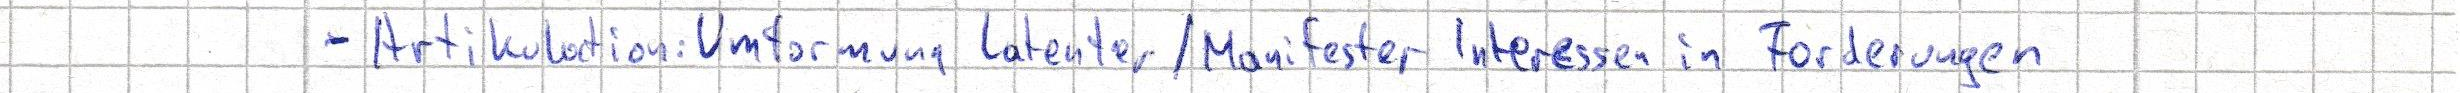
- Artikulation: Umformung latenter/Manifester Interessen in Forderungen